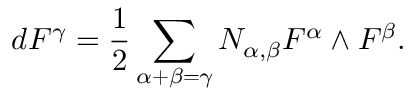
d F ^ { \gamma } = \frac { 1 } { 2 } \sum _ { \alpha + \beta = \gamma } N _ { \alpha , \beta } F ^ { \alpha } \wedge F ^ { \beta } .